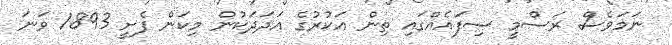
ނަމަވެސް ރަސްމީ ސިފައެއްގައި ތިން އަކުރުގެ އަދަދަކުން މިކަން ފެށީ 1893 ވަނަ